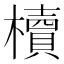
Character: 櫝